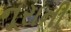
નૂરાની